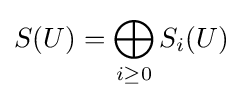
S(U)=\bigoplus _{i\geq 0}S_{i}(U)